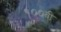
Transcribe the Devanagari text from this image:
१००वी